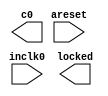
module C10_PLL (
	areset,
	inclk0,
	c0,
	locked);

	input	  areset;
	input	  inclk0;
	output	  c0;
	output	  locked;
`ifndef ALTERA_RESERVED_QIS
// synopsys translate_off
`endif
	tri0	  areset;
`ifndef ALTERA_RESERVED_QIS
// synopsys translate_on
`endif

endmodule